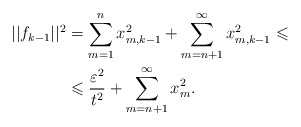
\begin{align*} ||f_{k-1}||^2 &= \sum_{m=1}^n x_{m, k-1} ^ 2 + \sum_{m=n+1}^\infty x_{m, k-1} ^ 2 \leqslant \\ &\leqslant \frac{\varepsilon^2}{t^2} + \sum_{m=n+1}^\infty x_{m}^2.\end{align*}